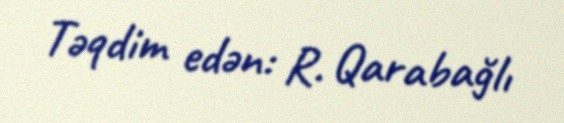
Təqdim edən: R. Qarabağlı